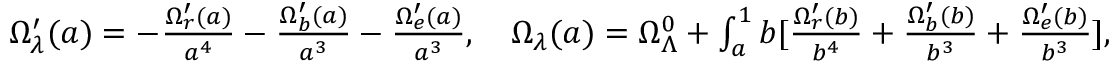
\begin{array} { r } { \Omega _ { \lambda } ^ { \prime } ( a ) = - \frac { \Omega _ { r } ^ { \prime } ( a ) } { a ^ { 4 } } - \frac { \Omega _ { b } ^ { \prime } ( a ) } { a ^ { 3 } } - \frac { \Omega _ { e } ^ { \prime } ( a ) } { a ^ { 3 } } , \quad \Omega _ { \lambda } ( a ) = \Omega _ { \Lambda } ^ { 0 } + \int _ { a } ^ { 1 } \d b [ \frac { \Omega _ { r } ^ { \prime } ( b ) } { b ^ { 4 } } + \frac { \Omega _ { b } ^ { \prime } ( b ) } { b ^ { 3 } } + \frac { \Omega _ { e } ^ { \prime } ( b ) } { b ^ { 3 } } ] , } \end{array}